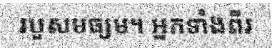
របួសមធ្យម។ អ្នកទាំងពីរ